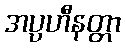
အပ္ပဟီနတ္တာ